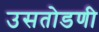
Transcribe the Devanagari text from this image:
उसतोडणी